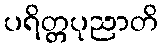
ပရိတ္တပုညာတိ